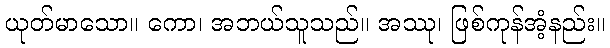
ယုတ်မာသော။ ကော၊ အဘယ်သူသည်။ အဿု၊ ဖြစ်ကုန်အံ့နည်း။